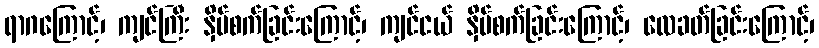
ရာဂကြောင့်၊ ကျင်ကြီး နှိပ်စက်ခြင်းကြောင့်၊ ကျင်ငယ် နှိပ်စက်ခြင်းကြောင့်၊ လေခတ်ခြင်းကြောင့်၊